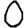
Digit: 0